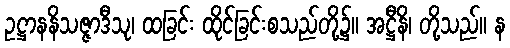
ဥဋ္ဌာနနိသဇ္ဇာဒီသု၊ ထခြင်း ထိုင်ခြင်းစသည်တို့၌။ အဋ္ဌီနိ၊ တို့သည်။ န